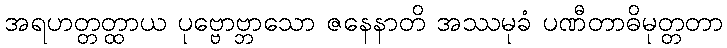
အရဟတ္တတ္ထာယ ပုဗ္ဗောဗ္ဘာသော ဇနေနာတိ အဿမုခံ ပဏီတာဓိမုတ္တတာ